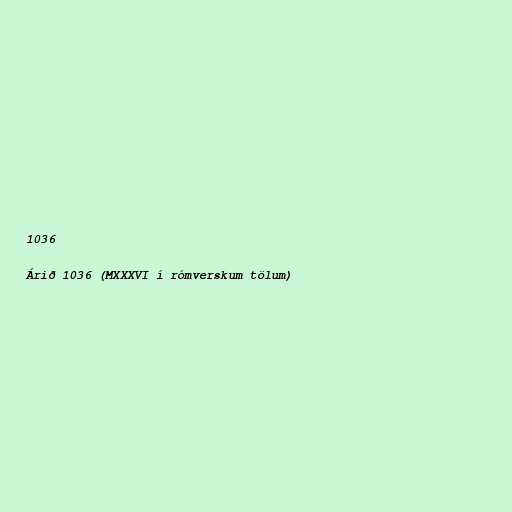
1036

Árið 1036 (MXXXVI í rómverskum tölum)